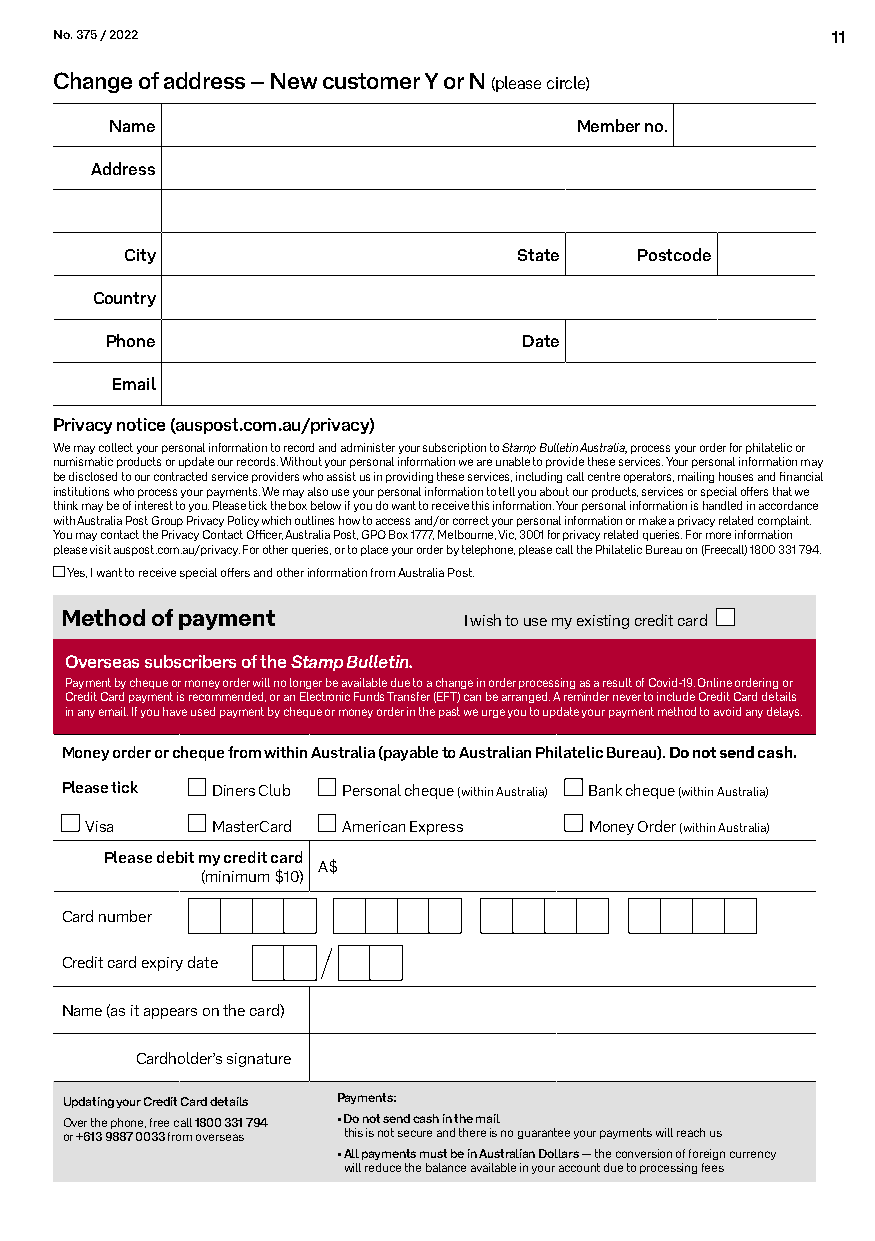
No. 375 / 2022                                     11
 Change of address – New customer Y or N (please circle)
 Name                           Member no.
 Address
 City                      State   Postcode
 Country
 Phone                       Date
 Email
 Privacy notice (auspost.com.au/privacy)
 We may collect your personal information to record and administer your subscription to Stamp Bulletin Australia, process your order for philatelic or
 numismatic products or update our records. Without your personal information we are unable to provide these services. Your personal information may
 be disclosed to our contracted service providers who assist us in providing these services, including call centre operators, mailing houses and financial
 institutions who process your payments. We may also use your personal information to tell you about our products, services or special offers that we
 think may be of interest to you. Please tick the box below if you do want to receive this information. Your personal information is handled in accordance
 with Australia Post Group Privacy Policy which outlines how to access and/or correct your personal information or make a privacy related complaint.
 You may contact the Privacy Contact Officer, Australia Post, GPO Box 1777, Melbourne, Vic, 3001 for privacy related queries. For more information
 please visit auspost.com.au/privacy. For other queries, or to place your order by telephone, please call the Philatelic Bureau on (Freecall) 1800 331 794.
 Yes, I want to receive special offers and other information from Australia Post.
 Method of payment          I wish to use my existing credit card
 Overseas subscribers of the Stamp Bulletin.
 Payment by cheque or money order will no longer be available due to a change in order processing as a result of Covid-19. Online ordering or
 Credit Card payment is recommended, or an Electronic Funds Transfer (EFT) can be arranged. A reminder never to include Credit Card details
 in any email. If you have used payment by cheque or money order in the past we urge you to update your payment method to avoid any delays.
 Money order or cheque from within Australia (payable to Australian Philatelic Bureau). Do not send cash.
 Please tick Diners Club Personal cheque (within Australia) Bank cheque (within Australia)
 Visa    MasterCard American Express Money Order (within Australia)
 Please debit my credit card
 A$
 (minimum $10)
 Card number
 Credit card expiry date
 Name (as it appears on the card)
 Cardholder’s signature
 Updating your Credit Card details Payments:
 Over the phone, free call 1800 331 794 • Do not send cash in the mail
 or +613 9887 0033 from overseas this is not secure and there is no guarantee your payments will reach us
 • All payments must be in Australian Dollars — the conversion of foreign currency
 will reduce the balance available in your account due to processing fees